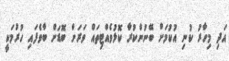
އަދި މިހާރު ކުނި އުކުމަށް ބޭނުންކުރާ ކޮޅުވެއްޓިތައް ވަރަށް ބޮޑަށް ބާވެފައި ހުރުމަކީ